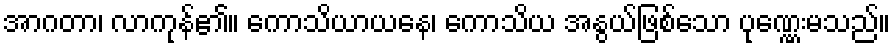
အာဂတာ၊ လာကုန်၏။ ကောသိယာယနေ၊ ကောသိယ အနွယ်ဖြစ်သော ပုဏ္ဏေးမသည်။